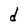
Character: d